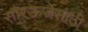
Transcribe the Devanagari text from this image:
सौरऊर्जेसाठी